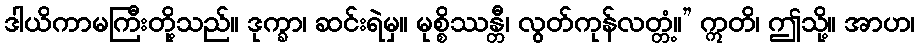
ဒါယိကာမကြီးတို့သည်။ ဒုက္ခာ၊ ဆင်းရဲမှ။ မုစ္စိဿန္တီ၊ လွတ်ကုန်လတ္တံ့။” ဣတိ၊ ဤသို့။ အာဟ၊